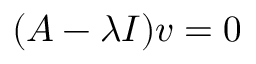
( A - \lambda I ) v = 0